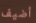
أضيف